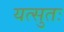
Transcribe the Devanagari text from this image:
यत्सुतः